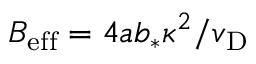
B _ { \mathrm { e f f } } = 4 a b _ { * } \kappa ^ { 2 } / v _ { \mathrm { D } }